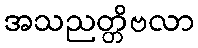
အသညတ္တိဗလာ